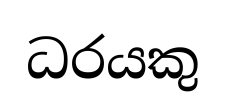
ධරයකු